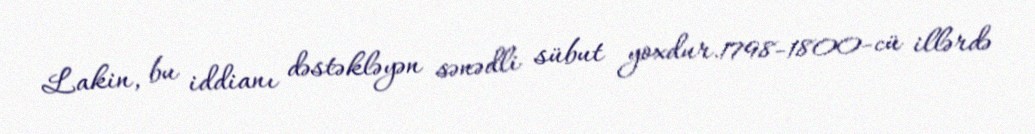
Lakin, bu iddianı dəstəkləyən sənədli sübut yoxdur.1798-1800-cü illərdə